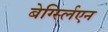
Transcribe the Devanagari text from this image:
बेर्ग्स्लिएन